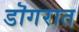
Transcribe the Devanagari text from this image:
डॊगरात